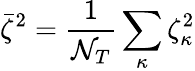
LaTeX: \bar{\zeta}^{2}=\frac{1}{{\cal N}_{T}}\sum_{\kappa}\zeta_{\kappa}^{2}